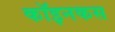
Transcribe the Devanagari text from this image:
कॉइनकस